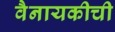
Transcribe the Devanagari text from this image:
वैनायकीची